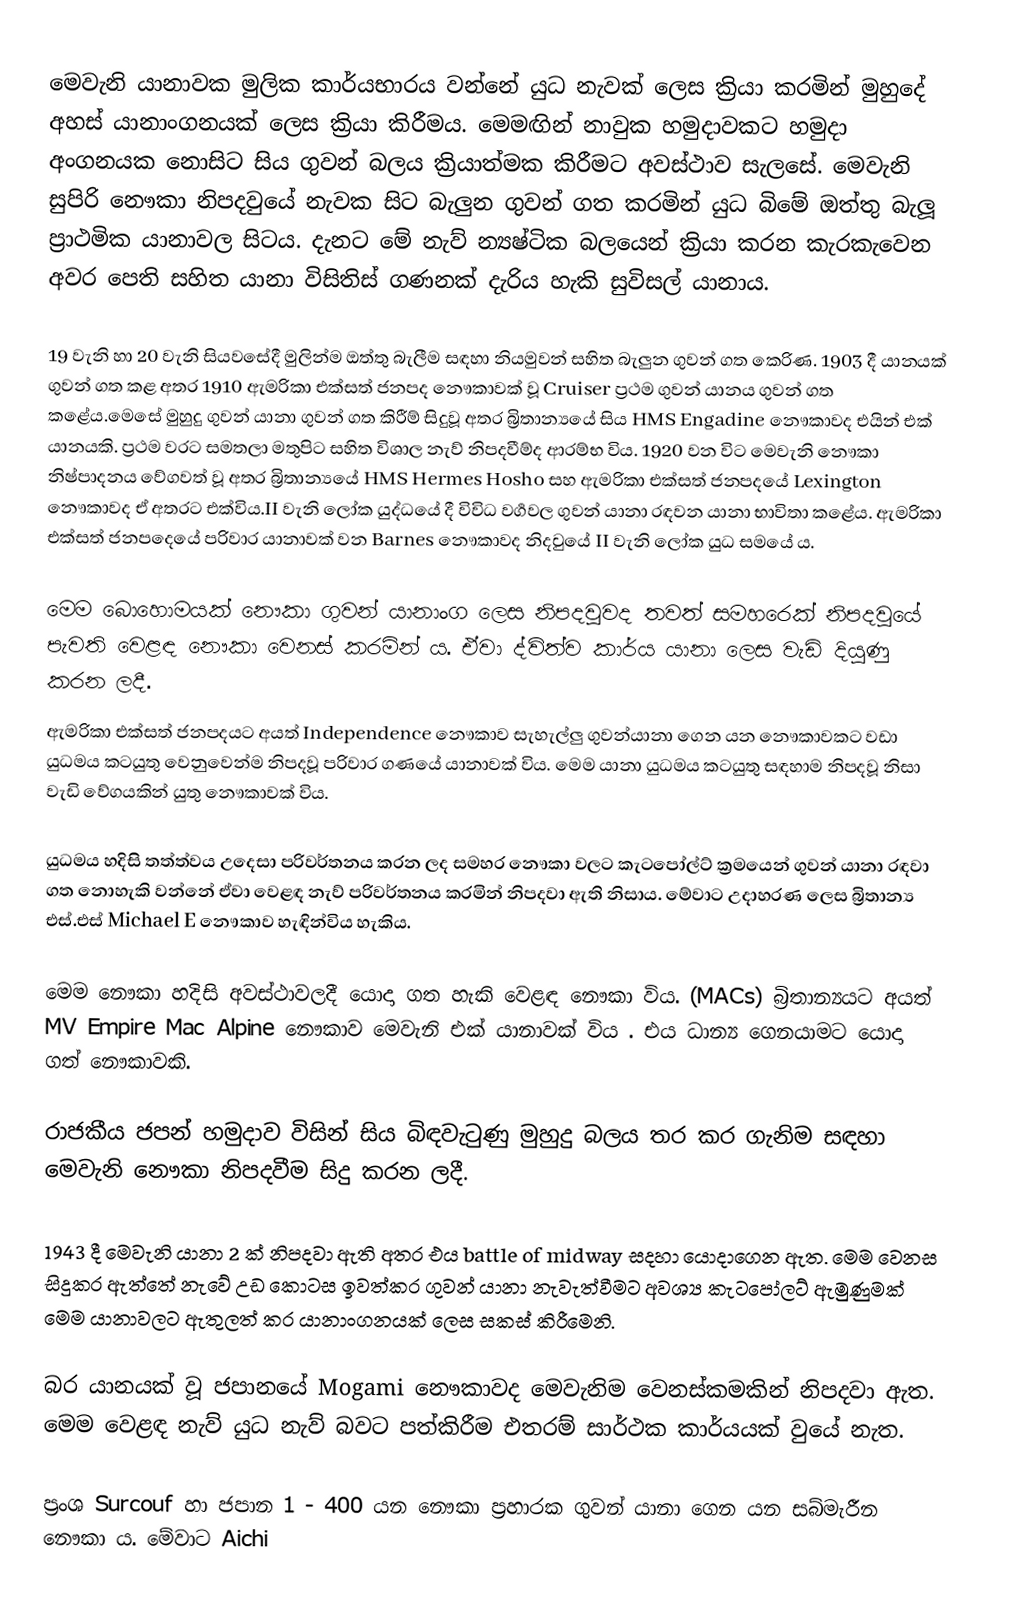
මෙවැනි යානාවක මුලික කාර්යභාරය වන්නේ  යුධ නැවක් ලෙස ක්‍රියා කරමින් මුහුදේ  අහස් යානාංගනයක් ලෙස ක්‍රියා කිරීමය. මෙමඟින් නාවුක හමුදාවකට හමුදා අංගනයක නොසිට සිය ගුවන් බලය ක්‍රියාත්මක කිරීමට අවස්ථාව සැලසේ. මෙවැනි සුපිරි නෞකා නිපදවු‍යේ නැවක සිට බැලුන ගුවන් ගත කරමින් යුධ බිමේ ඔත්තු බැලූ ප්‍රාථමික  යානාවල සිටය. දැනට මේ නැව් න්‍යෂ්ටික බලයෙන් ක්‍රියා කරන කැරකැවෙන අවර පෙති සහිත යානා විසිතිස් ගණනක් දැරිය හැකි සුවිසල් යානාය.

19 වැනි හා 20 වැනි සියවසේදී මුලින්ම ඔත්තු බැලීම සඳහා නියමුවන් සහිත බැලුන ගුවන් ගත කෙරිණ. 1903 දී යානයක් ගුවන් ගත කළ අතර 1910 ඇමරිකා එක්සත් ජනපද නෞකාවක් වූ  Cruiser  ප්‍රථම ගුවන් යානය  ගුවන් ගත කළේය.මෙසේ මුහුදු ගුවන් යානා ගුවන් ගත කිරීම් සිදුවූ අතර බ්‍රිතාන්‍යයේ  සිය HMS Engadine   නෞකාවද  එයින් එක් යානයකි. ප්‍රථම වරට සමතලා  මතුපිට සහිත විශාල නැව්  නිපදවීම්ද ආරම්භ විය. 1920 වන විට මෙවැනි නෞකා නිෂ්පාදනය වේගවත් වූ අතර බ්‍රිතාන්‍යයේ HMS Hermes Hosho සහ ඇමරිකා එක්සත් ජනපදයේ Lexington  නෞකාවද ඒ අතරට එක්විය.II වැනි ලෝක යුද්ධයේ දී විවිධ වර්‍ගවල ගුවන් යානා රඳවන යානා භාවිතා කළේය. ඇමරිකා එක්සත් ජනපදෙයේ පරිවාර යානාවක් වන Barnes නෞකාවද නිදවුයේ  II වැනි ලෝක යුධ සමයේ ය.

මෙම බොහොමයක් නෞකා ගුවන් යානාංග ලෙස නිපදවුවද තවත් සමහරෙක් නිපදවුයේ පැවති වෙළඳ නෞකා වෙනස් කරමින් ය. ඒවා ද්විත්ව කාර්ය ‍යානා ලෙස වැඩි දියුණු කරන ලදී.
ඇමරිකා එක්සත් ජනපදයට අයත් Independence නෞකාව සැහැල්ලු ගුවන්යානා ගෙන යන නෞකාවකට වඩා යුධමය කටයුතු වෙනුවෙන්ම නිපදවූ පරිවාර ගණයේ යානාවක් විය.  මෙම යානා යුධමය කටයුතු සඳහාම නිපදවූ නිසා වැඩි වේගයකින් යුතු නෞකාවක් විය.

යුධමය හදිසි  තත්ත්වය උදෙසා පරිවර්තනය කරන ලද සමහර නෞකා වලට කැටපෝල්ට් ක්‍රමයෙන් ගුවන් යානා රඳවා ගත නොහැකි වන්නේ ඒවා වෙළඳ නැව් පරිවර්තනය කරමින් නිපදවා ඇති නිසාය. මේවාට උදාහරණ ලෙස බ්‍රිතාන්‍ය එස්.එස් Michael E නෞකාව හැඳින්විය හැකිය.

මෙම නෞකා හදිසි අවස්ථාවලදී යොදා ගත හැකි වෙළඳ නෞකා විය.  (MACs)  බ්‍රිතාන්‍යයට අයත් MV Empire Mac Alpine නෞකාව මෙවැනි එක් යානාවක් විය . එය ධාන්‍ය ගෙනයාමට යොදා ගත් නෞකාවකි.

රාජකීය ජපන් හමුදාව විසින් සිය බිඳවැටුණු මුහුදු බලය තර කර ගැනිම සඳහා  මෙවැනි නෞකා නිපදවීම සිදු කරන ලදී.

1943 දී මෙවැනි යානා 2 ක්  නිපදවා ඇති අතර එය battle of midway සදහා යොදාගෙන ඇත. මෙම වෙනස සිදුකර ඇත්තේ නැවේ උඩ කොටස ඉවත්කර ගුවන් යානා  නැවැත්වීමට අවශ්‍ය කැටපෝලට් ඇමුණුමක්  මෙම යානාවලට ඇතුලත්  කර යානාංගනයක් ලෙස සකස් කිරීමෙනි.

බර යානයක් වූ ජපානයේ  Mogami නෞකාවද මෙවැනිම වෙනස්කමකින් නිපදවා ඇත. මෙම වෙළඳ නැව් යුධ නැව් බවට පත්කිරීම එතරම් සාර්ථක කාර්යයක් වුයේ නැත.

ප්‍රංශ  Surcouf හා  ජපාන 1 - 400 යන නෞකා ප්‍රහාරක ගුවන් යානා ගෙන යන සබ්මැරීන නෞකා ය. මේවාට Aichi